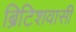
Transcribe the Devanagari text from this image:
ब्रिटिशवासी